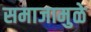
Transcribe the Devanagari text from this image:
समाजामुळे